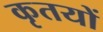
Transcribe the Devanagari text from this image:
कृतयों